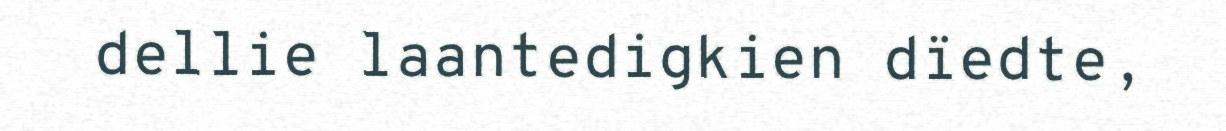
dellie laantedigkien dïedte,